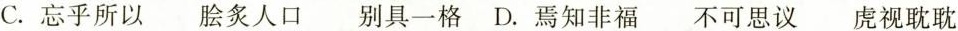
C.忘乎所以 脍炙人口 别具一格 D.焉知非福 不可思议 虎视耽耽